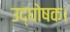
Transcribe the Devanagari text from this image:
उद्घोषक।